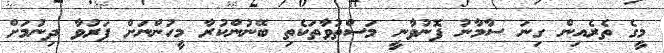
މީގެ ތެރެއިން ގިނަ ސާމާނު ފޮނުވާނީ މަސްތުވާތަކެތި ބޭނުންކުރާ މީހުންނަށް ފަރުވާ ދިނުމަށް